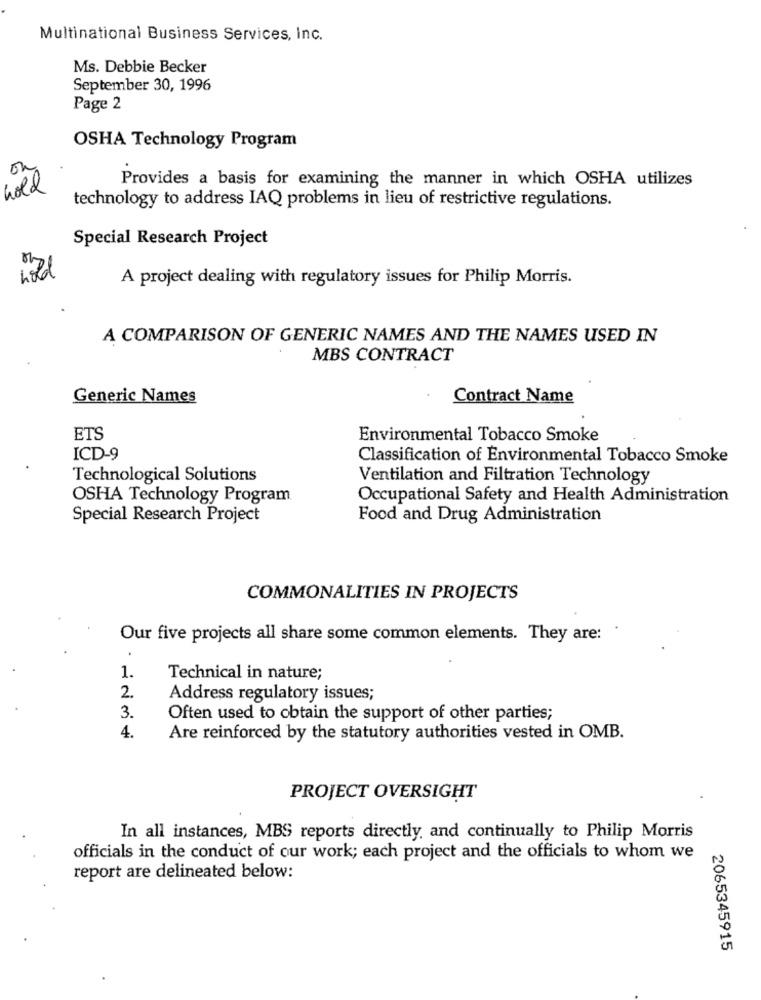
Multinational Business Services, Inc.
Ms. Debbie Becker
September 30, 1996
Page 2
OSHA Technology Program
on
Provides a basis for examining the manner in which OSHA utilizes
hold
technology to address IAQ problems in lieu of restrictive regulations.
Special Research Project
A project dealing with regulatory issues for Philip Morris.
A COMPARISON OF GENERIC NAMES AND THE NAMES USED IN
MBS CONTRACT
Generic Names
Contract Name
ETS
Environmental Tobacco Smoke
ICD-9
Classification of Environmental Tobacco Smoke
Technological Solutions
Ventilation and Filtration Technology
OSHA Technology Program
Occupational Safety and Health Administration
Special Research Project
Food and Drug Administration
COMMONALITIES IN PROJECTS
Our five projects all share some common elements. They are: .
.
1.
Technical in nature;
2.
Address regulatory issues;
3.
Often used to obtain the support of other parties;
4.
Are reinforced by the statutory authorities vested in OMB.
PROJECT OVERSIGHT
In all instances, MBS reports directly, and continually to Philip Morris
officials in the conduct of our work; each project and the officials to whom we
report are delineated below:
2065345915